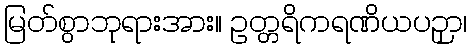
မြတ်စွာဘုရားအား။ ဥတ္တရိကရဏိယပဉှာ၊